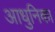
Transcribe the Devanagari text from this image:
आधुनिका